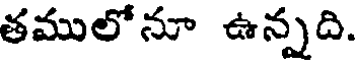
తములోనూ ఉన్నది.